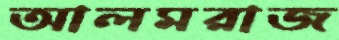
আলমরাজ